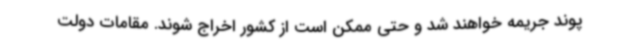
پوند جریمه خواهند شد و حتی ممکن است از کشور اخراج شوند. مقامات دولت